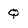
Character: Q